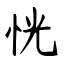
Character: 恍